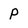
Character: P